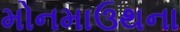
મોનમાઉથના